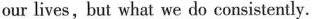
our lives,but what we do consistently.